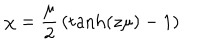
\chi = { \frac { \mu } { 2 } } \left( \mathrm { t a n h } ( z \mu ) - 1 \right)